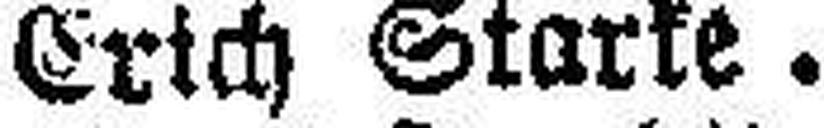
Erich Starke.